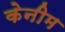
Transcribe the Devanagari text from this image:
केनीम